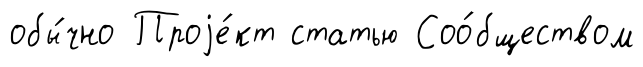
обы́чно Проjе́кт статью Соо́бществом